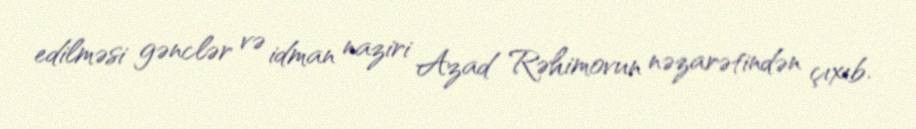
edilməsi gənclər və idman naziri Azad Rəhimovun nəzarətindən çıxıb.